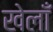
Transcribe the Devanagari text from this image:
खेलाँ